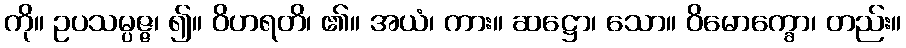
ကို။ ဥပသမ္ပဇ္ဇ၊ ၍။ ဝိဟရတိ၊ ၏။ အယံ၊ ကား။ ဆဋ္ဌော၊ သော။ ဝိမောက္ခော၊ တည်း။